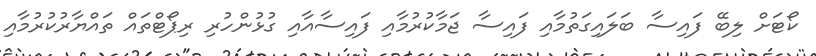
ކޯޓަށް ލިބޭ ފައިސާ ބަލައިގަތުމާއި ފައިސާ ޖަމާކުރުމާއި ފައިސާއާއި ގުޅުންހުރި ރިޕޯޓްތައް ތައްޔާރުކުރުމާއި